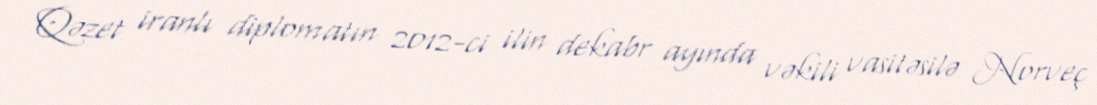
Qəzet iranlı diplomatın 2012-ci ilin dekabr ayında vəkili vasitəsilə Norveç